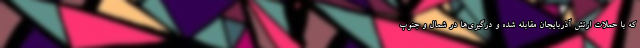
که با حملات ارتش آذربایجان مقابله شده و درگیری‌ها در شمال و جنوب